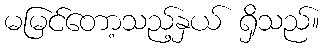
မမြင်တော့သည့်နှယ် ရှိသည်။